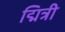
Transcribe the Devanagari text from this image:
द्मित्री